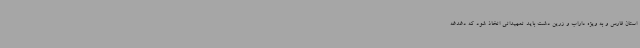
استان فارس و به ویژه داراب و زرین دشت باید تمهیداتی اتخاذ شود که دغدغه